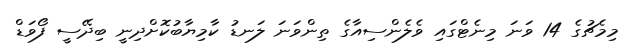
މިމެޗުގެ 14 ވަނަ މިނެޓްގައި ވެލެންސިއާގެ ތިންވަނަ ލަނޑު ކާމިޔާބުކޮށްދިނީ ބިދޭސީ ފޯވަޑް